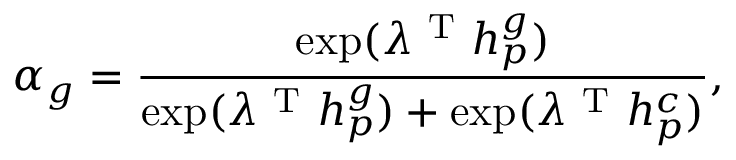
\alpha _ { g } = \frac { \exp ( \lambda ^ { \mathrm { ~ T ~ } } h _ { p } ^ { g } ) } { \exp ( \lambda ^ { \mathrm { ~ T ~ } } h _ { p } ^ { g } ) + \exp ( \lambda ^ { \mathrm { ~ T ~ } } h _ { p } ^ { c } ) } ,